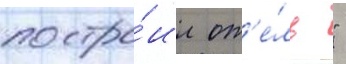
постро́ил от'е́ль "